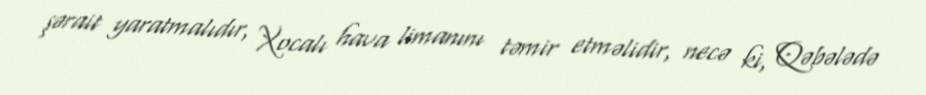
şərait yaratmalıdır, Xocalı hava limanını təmir etməlidir, necə ki, Qəbələdə